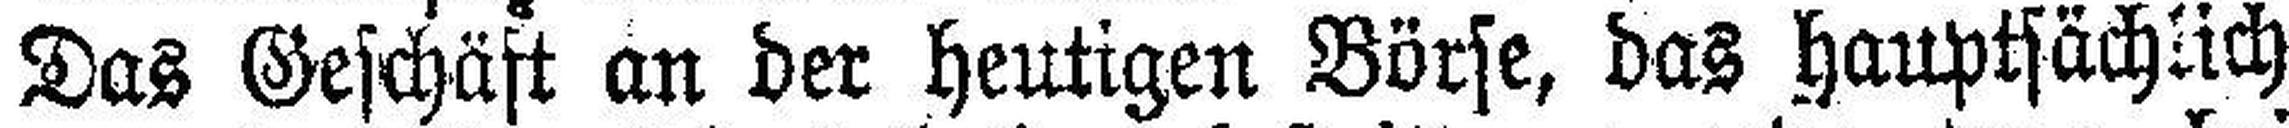
Das Geschäft an der heutigen Börse, das hauptsächlich